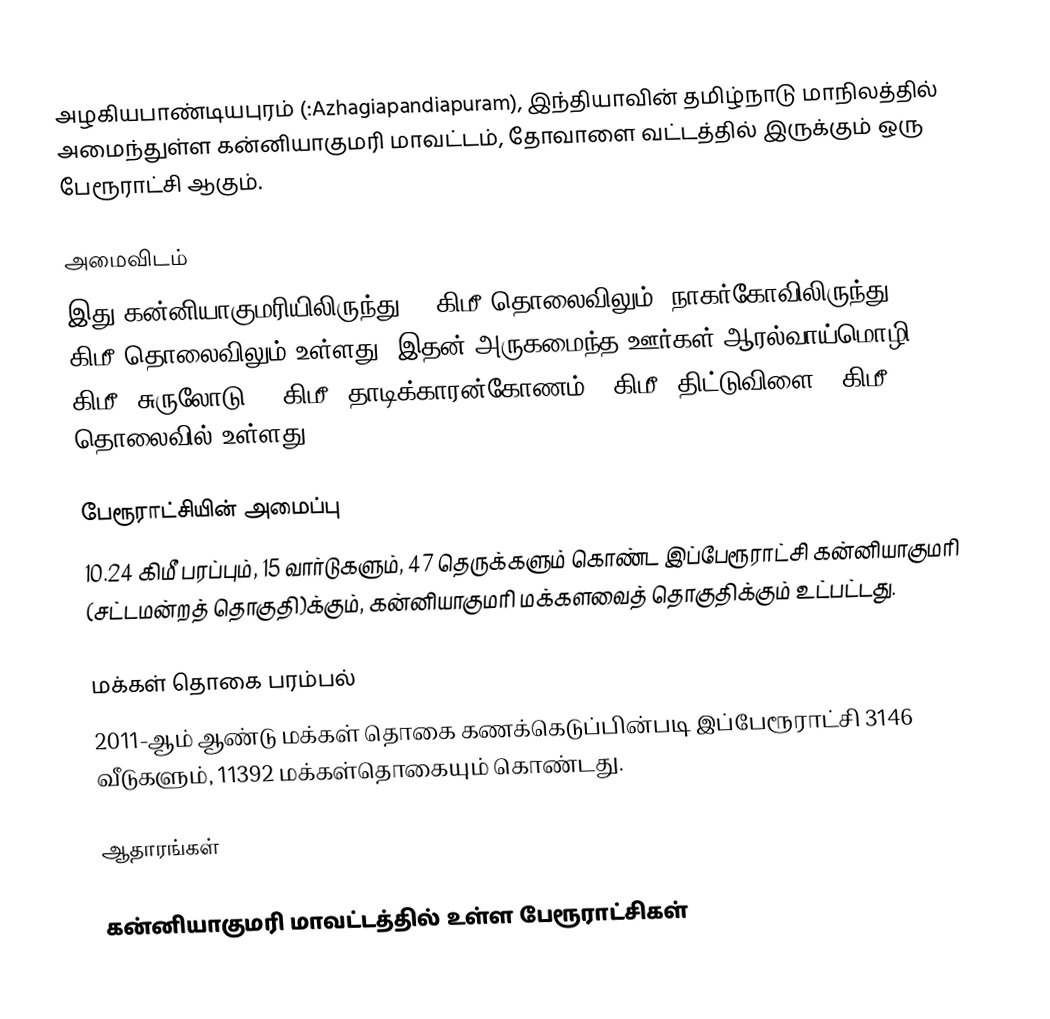
அழகியபாண்டியபுரம் (:Azhagiapandiapuram), இந்தியாவின் தமிழ்நாடு மாநிலத்தில் அமைந்துள்ள கன்னியாகுமரி மாவட்டம், தோவாளை வட்டத்தில் இருக்கும் ஒரு பேரூராட்சி ஆகும்.

அமைவிடம்
இது கன்னியாகுமரியிலிருந்து 25 கிமீ தொலைவிலும்; நாகர்கோவிலிருந்து 15 கிமீ தொலைவிலும் உள்ளது. இதன் அருகமைந்த ஊர்கள் ஆரல்வாய்மொழி 10 கிமீ; சுருலோடு 15 கிமீ; தாடிக்காரன்கோணம் 5 கிமீ; திட்டுவிளை 5 கிமீ தொலைவில் உள்ளது.

பேரூராட்சியின் அமைப்பு
10.24 கிமீ  பரப்பும், 15  வார்டுகளும்,  47 தெருக்களும் கொண்ட இப்பேரூராட்சி கன்னியாகுமரி  (சட்டமன்றத் தொகுதி)க்கும், கன்னியாகுமரி மக்களவைத் தொகுதிக்கும் உட்பட்டது.

மக்கள் தொகை பரம்பல்
2011-ஆம் ஆண்டு மக்கள் தொகை கணக்கெடுப்பின்படி  இப்பேரூராட்சி                           3146 வீடுகளும், 11392 மக்கள்தொகையும் கொண்டது.

ஆதாரங்கள்

கன்னியாகுமரி மாவட்டத்தில் உள்ள பேரூராட்சிகள்